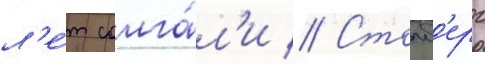
л'е́т солга́л'и // Столб'ерг